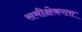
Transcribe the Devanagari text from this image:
समीक्षेकरता